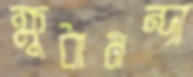
ক্ষুধামন্দা